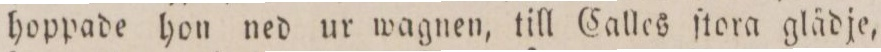
hoppade hon ned ur wagnen, till Calles ſtora glädje,